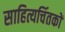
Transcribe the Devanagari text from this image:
साहित्यचिंतकों